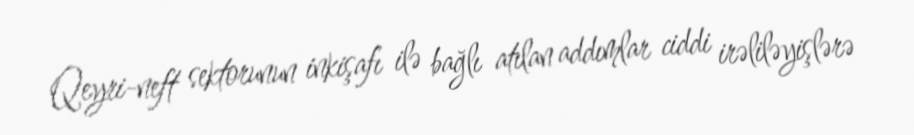
Qeyri-neft sektorunun inkişafı ilə bağlı atılan addımlar ciddi irəliləyişlərə